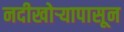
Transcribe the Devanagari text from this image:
नदीखोर्‍यापासून